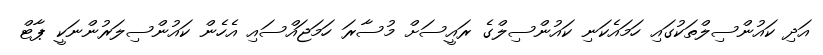
އަދި ކައުންސިލްތަކުގައި ހަމައެކަނި ކައުންސިލްގެ ރައީސަށް މުސާރަ ހަމަޖައްސައި އެހެން ކައުންސިލަރުންނަކީ ޕާޓް